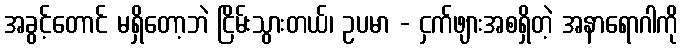
အခွင့်တောင် မရှိတော့ဘဲ ငြိမ်းသွားတယ်၊ ဥပမာ - ငှက်ဖျားအစရှိတဲ့ အနာရောဂါကို